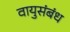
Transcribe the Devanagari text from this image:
वायुसंबंध